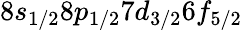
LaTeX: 8s_{1/2}8p_{1/2}7d_{3/2}6f_{5/2}